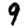
Digit: 9